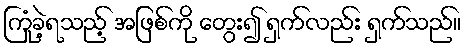
ကြုံခဲ့ရသည့် အဖြစ်ကို တွေး၍ ရှက်လည်း ရှက်သည်။